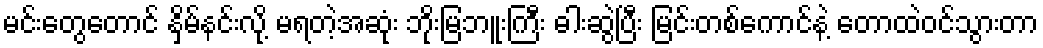
မင်းတွေတောင် နှိမ်နင်းလို့ မရတဲ့အဆုံး ဘိုးမြဘူးကြီး ဓါးဆွဲပြီး မြင်းတစ်ကောင်နဲ့ တောထဲဝင်သွားတာ